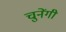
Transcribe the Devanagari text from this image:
चुनेंगी